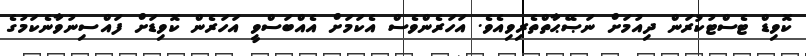
ކޮވިޑް ޓެސްޓުކުރަން ދިއުމަށް ނަޞޭޙާތްތެރިވިއެވެ. އަހަރެންވެސް އެކަމަށް އެއްބަސްވީ އަހަރެން ކޮވިޑަށް ފައްސިނުވާނެކަމުގެ